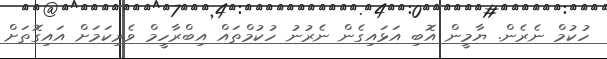
ހުކުމް ނެރެން. ޔާމީން އޮބި އަޅައިގެން ނެރުނު ހުކުމްތައް އިބްރާހީމް ވެރިކަމަށް އައިގޮތަށް